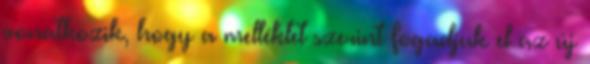
vonatkozik, hogy a melléklet szerint fogadjuk el az új